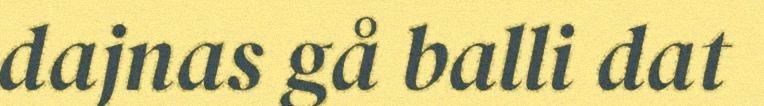
dajnas gå balli dat